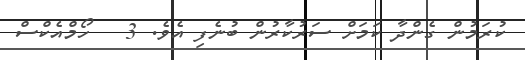
ކުރަމުން ގެންދާ ކަމަށް ސަރުކާރުން ބުނެފި އެވެ. 3   ހޯމްއެކްސް